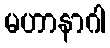
မဟာနာဂါ